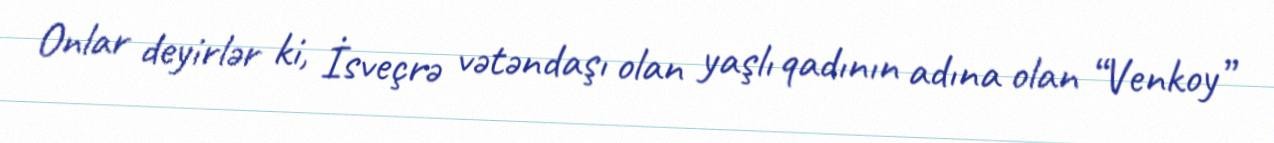
Onlar deyirlər ki, İsveçrə vətəndaşı olan yaşlı qadının adına olan “Venkoy”